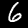
Label: 6